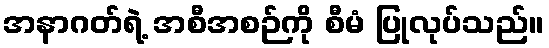
အနာဂတ်ရဲ့ အစီအစဉ်ကို စီမံ ပြုလုပ်သည်။